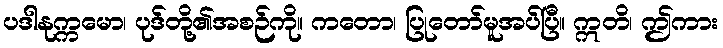
ပဒါနုက္ကမော၊ ပုဒ်တို့၏အစဉ်ကို။ ကတော၊ ပြုတော်မူအပ်ပြီ။ ဣတိ၊ ဤကား